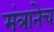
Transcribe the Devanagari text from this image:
मंत्रानेच